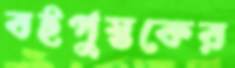
বইপুস্তকের